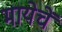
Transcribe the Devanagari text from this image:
मायेचें